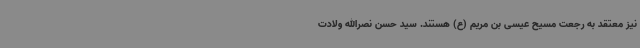
نیز معتقد به رجعت مسیح عیسی بن مریم (ع) هستند. سید حسن نصرالله ولادت